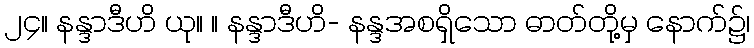
၂၄။ နန္ဒာဒီဟိ ယု။ ။ နန္ဒာဒီဟိ- နန္ဒအစရှိသော ဓာတ်တို့မှ နောက်၌၊